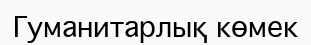
Гуманитарлық көмек